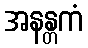
အနန္တကံ